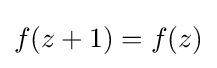
f(z+1)=f(z)